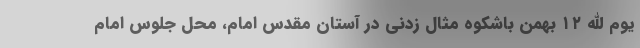
یوم الله ۱۲ بهمن باشکوه مثال زدنی در آستان مقدس امام، محل جلوس امام